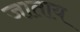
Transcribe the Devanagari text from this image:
जाताय